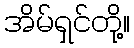
အိမ်ရှင်တို့။